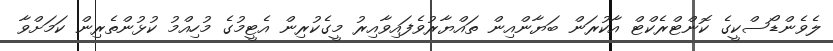
ލެވެންޑޯސްކީގެ ކޮންޓްރެކްޓް އާކުރަން ބަޔާންއިން ތައްޔާރުވެފައިވާއިރު މީގެކުރިން އެޓީމުގެ މުހިއްމު ކުޅުންތެރިން ކަމަށްވާ